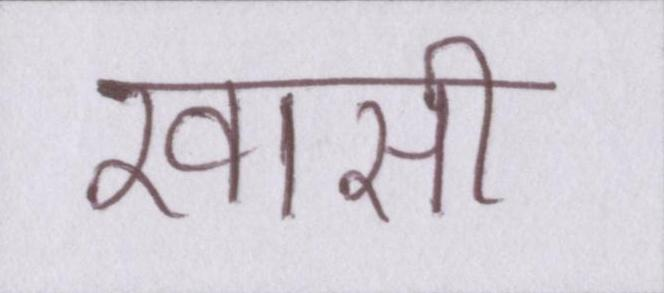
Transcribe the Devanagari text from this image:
खासी